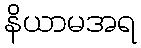
နိယာမအရ